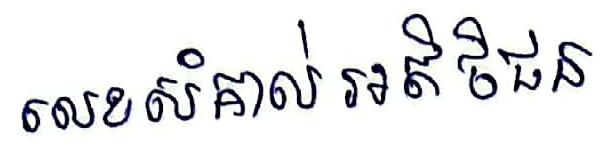
លេខសំគាល់ អតិថិជន